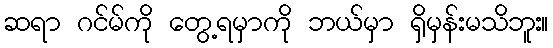
ဆရာ ဂင်မ်ကို တွေ့ရမှာကို ဘယ်မှာ ရှိမှန်းမသိဘူး။